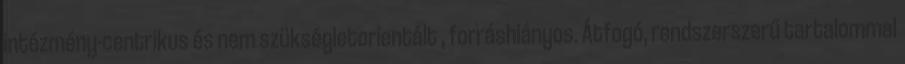
intézmény-centrikus és nem szükségletorientált , forráshiányos. Átfogó, rendszerszerű tartalommal